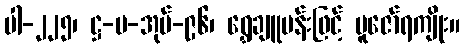
ပါ-၂၂၅၊ ဋ္ဌ-ပ-အုပ်-၉၆၊ ရွှေချူပန်းဖြင့် ပူဇော်ရကျိုး။